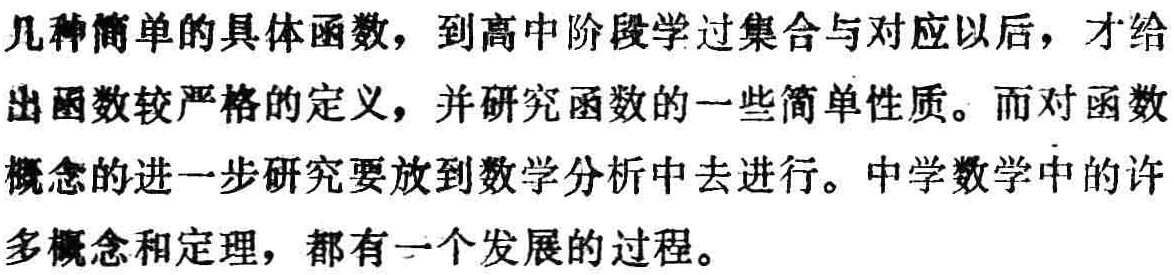
几种简单的具体函数，到高中阶段学过集合与对应以后，才给出函数较严格的定义，并研究函数的一些简单性质。而对函数概念的进一步研究要放到数学分析中去进行。中学数学中的许多概念和定理，都有一个发展的过程。